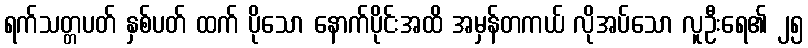
ရက်သတ္တပတ် နှစ်ပတ် ထက် ပိုသော နောက်ပိုင်းအထိ အမှန်တကယ် လိုအပ်သော လူဦးရေ၏ ၂၅